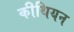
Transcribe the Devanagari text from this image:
कीथियन